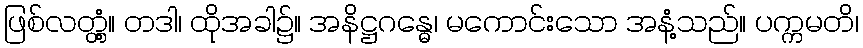
ဖြစ်လတ္တံ့။ တဒါ၊ ထိုအခါ၌။ အနိဋ္ဌဂန္ဓေ၊ မကောင်းသော အနံ့သည်။ ပက္ကမတိ၊